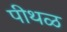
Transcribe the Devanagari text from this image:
पीथळ